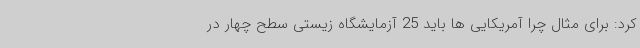
کرد: برای مثال چرا آمریکایی ها باید 25 آزمایشگاه زیستی سطح چهار در